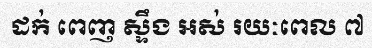
ដក់ ពេញ ស្ទឹង ឣស់ រយៈពេល ៧